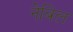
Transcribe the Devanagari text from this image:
नेबिल